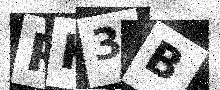
Text: PK3B